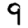
Digit: 9